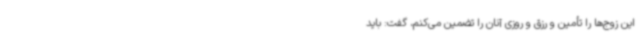
این زوج‌ها را تأمین و رزق و روزی آنان را تضمین می‌کنم، گفت: باید